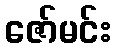
ဇော်မင်း